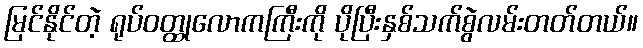
မြင်နိုင်တဲ့ ရုပ်ဝတ္ထုလောကကြီးကို ပိုပြီးနှစ်သက်စွဲလမ်းတတ်တယ်။